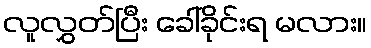
လူလွှတ်ပြီး ခေါ်ခိုင်းရ မလား။